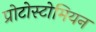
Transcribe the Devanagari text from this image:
प्रोटोस्टोमियन